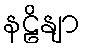
နဠိနျာ